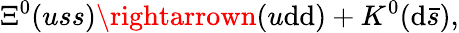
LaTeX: \Xi^{0}(uss)\rightarrown(u\mathrm{d}\mathrm{d})+K^{0}(\mathrm{d}\bar{{s}}),